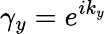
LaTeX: \gamma_{y}=e^{ik_{y}}